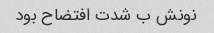
نونش ب شدت افتضاح بود